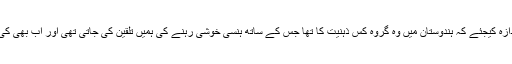
اس سے اندازہ کیجئے کہ ہندوستان میں وہ گروہ کس ذہنیت کا تھا جس کے ساتھ ہنسی خوشی رہنے کی ہمیں تلقین کی جاتی تھی اور اب بھی کی جاتی ہے۔